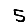
Digit: 5